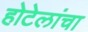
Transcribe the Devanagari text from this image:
होटेलांचा